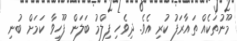
މޫނުތަކެއް ތައާރަފު ކުރި އެވެ. ދިވެހި ފިލްމު ބަލަން ފޫހިވާ ކަމަށް ބުނި